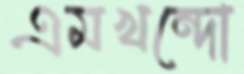
এমখন্দো